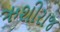
ઋશીરાજ